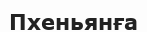
Пхеньянға